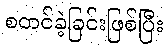
စတင်ခဲ့ခြင်းဖြစ်ပြီး